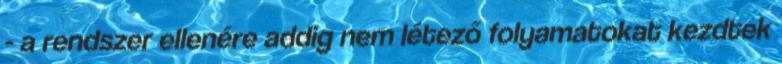
- a rendszer ellenére addig nem létező folyamatokat kezdtek